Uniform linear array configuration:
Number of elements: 4
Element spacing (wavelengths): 1
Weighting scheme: uniform
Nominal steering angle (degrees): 45
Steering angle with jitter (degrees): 43.788
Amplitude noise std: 0.05
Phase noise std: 0.05

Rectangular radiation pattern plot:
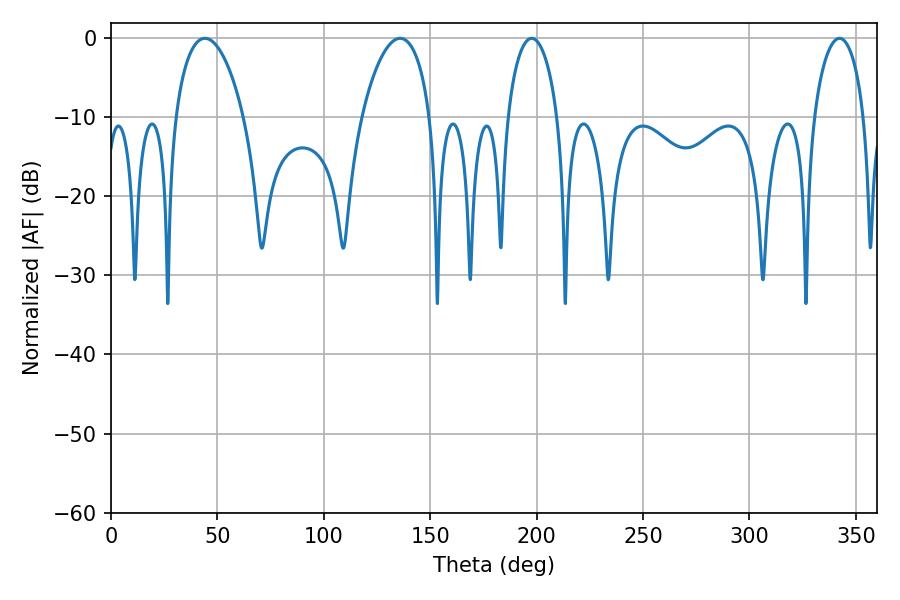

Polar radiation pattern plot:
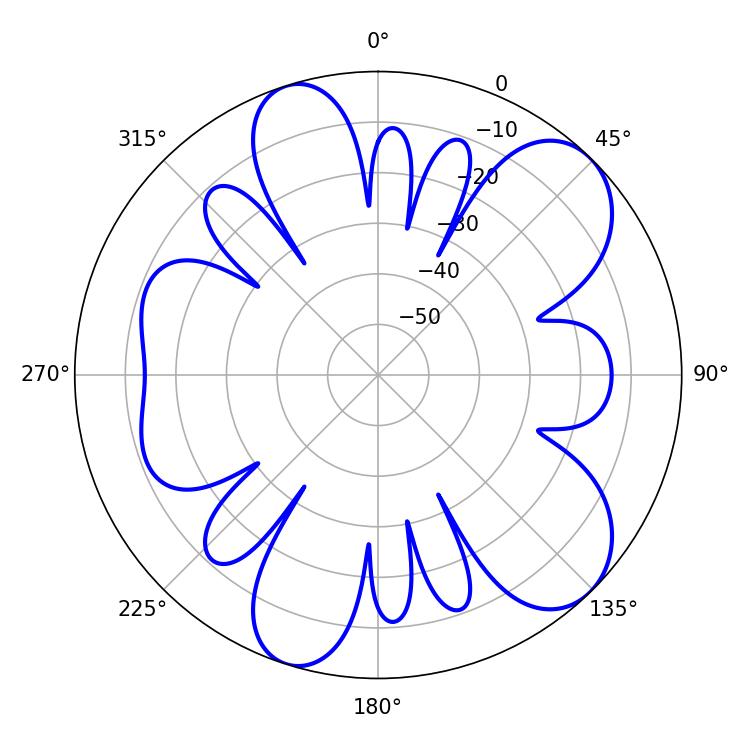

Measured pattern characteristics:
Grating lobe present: TRUE
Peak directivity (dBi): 8.796
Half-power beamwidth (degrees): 18.18
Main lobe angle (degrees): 44.1